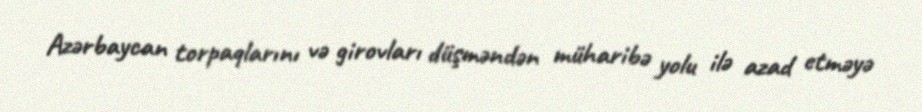
Azərbaycan torpaqlarını və girovları düşməndən müharibə yolu ilə azad etməyə